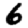
Digit: 6